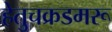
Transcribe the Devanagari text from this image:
हेतुचक्रडमरू